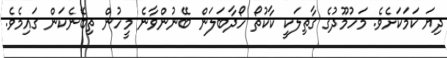
ދިޔަ ކަމަކަށެވެ. މަހުމޫދުގެ ގާތިލަކީ ކާކުތޯ ހޯދާބަލަން ބޭނުންވާނެ މީހުން ތިބޭނެކަން ގައިމެވެ.